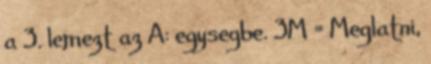
a 3. lemezt az A: egysegbe. 3M = Meglatni,